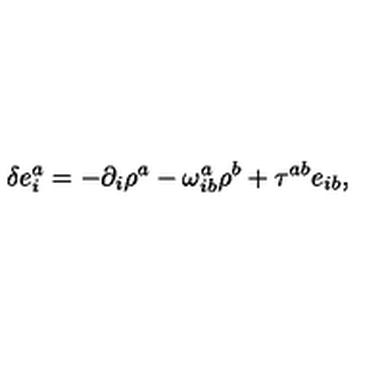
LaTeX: \delta e _ { i } ^ { a } = - \partial _ { i } \rho ^ { a } - \omega _ { i b } ^ { a } \rho ^ { b } + \tau ^ { a b } e _ { i b } ,